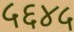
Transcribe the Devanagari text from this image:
५६४५